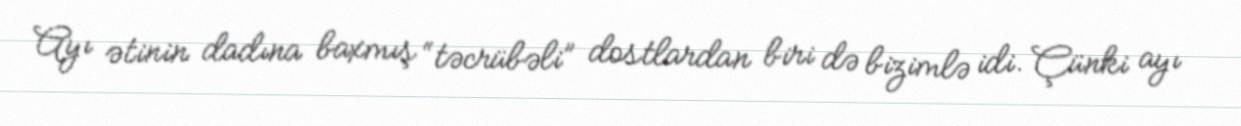
Ayı ətinin dadına baxmış “təcrübəli” dostlardan biri də bizimlə idi. Çünki ayı